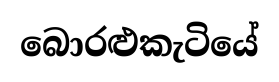
බොරළුකැටියේ